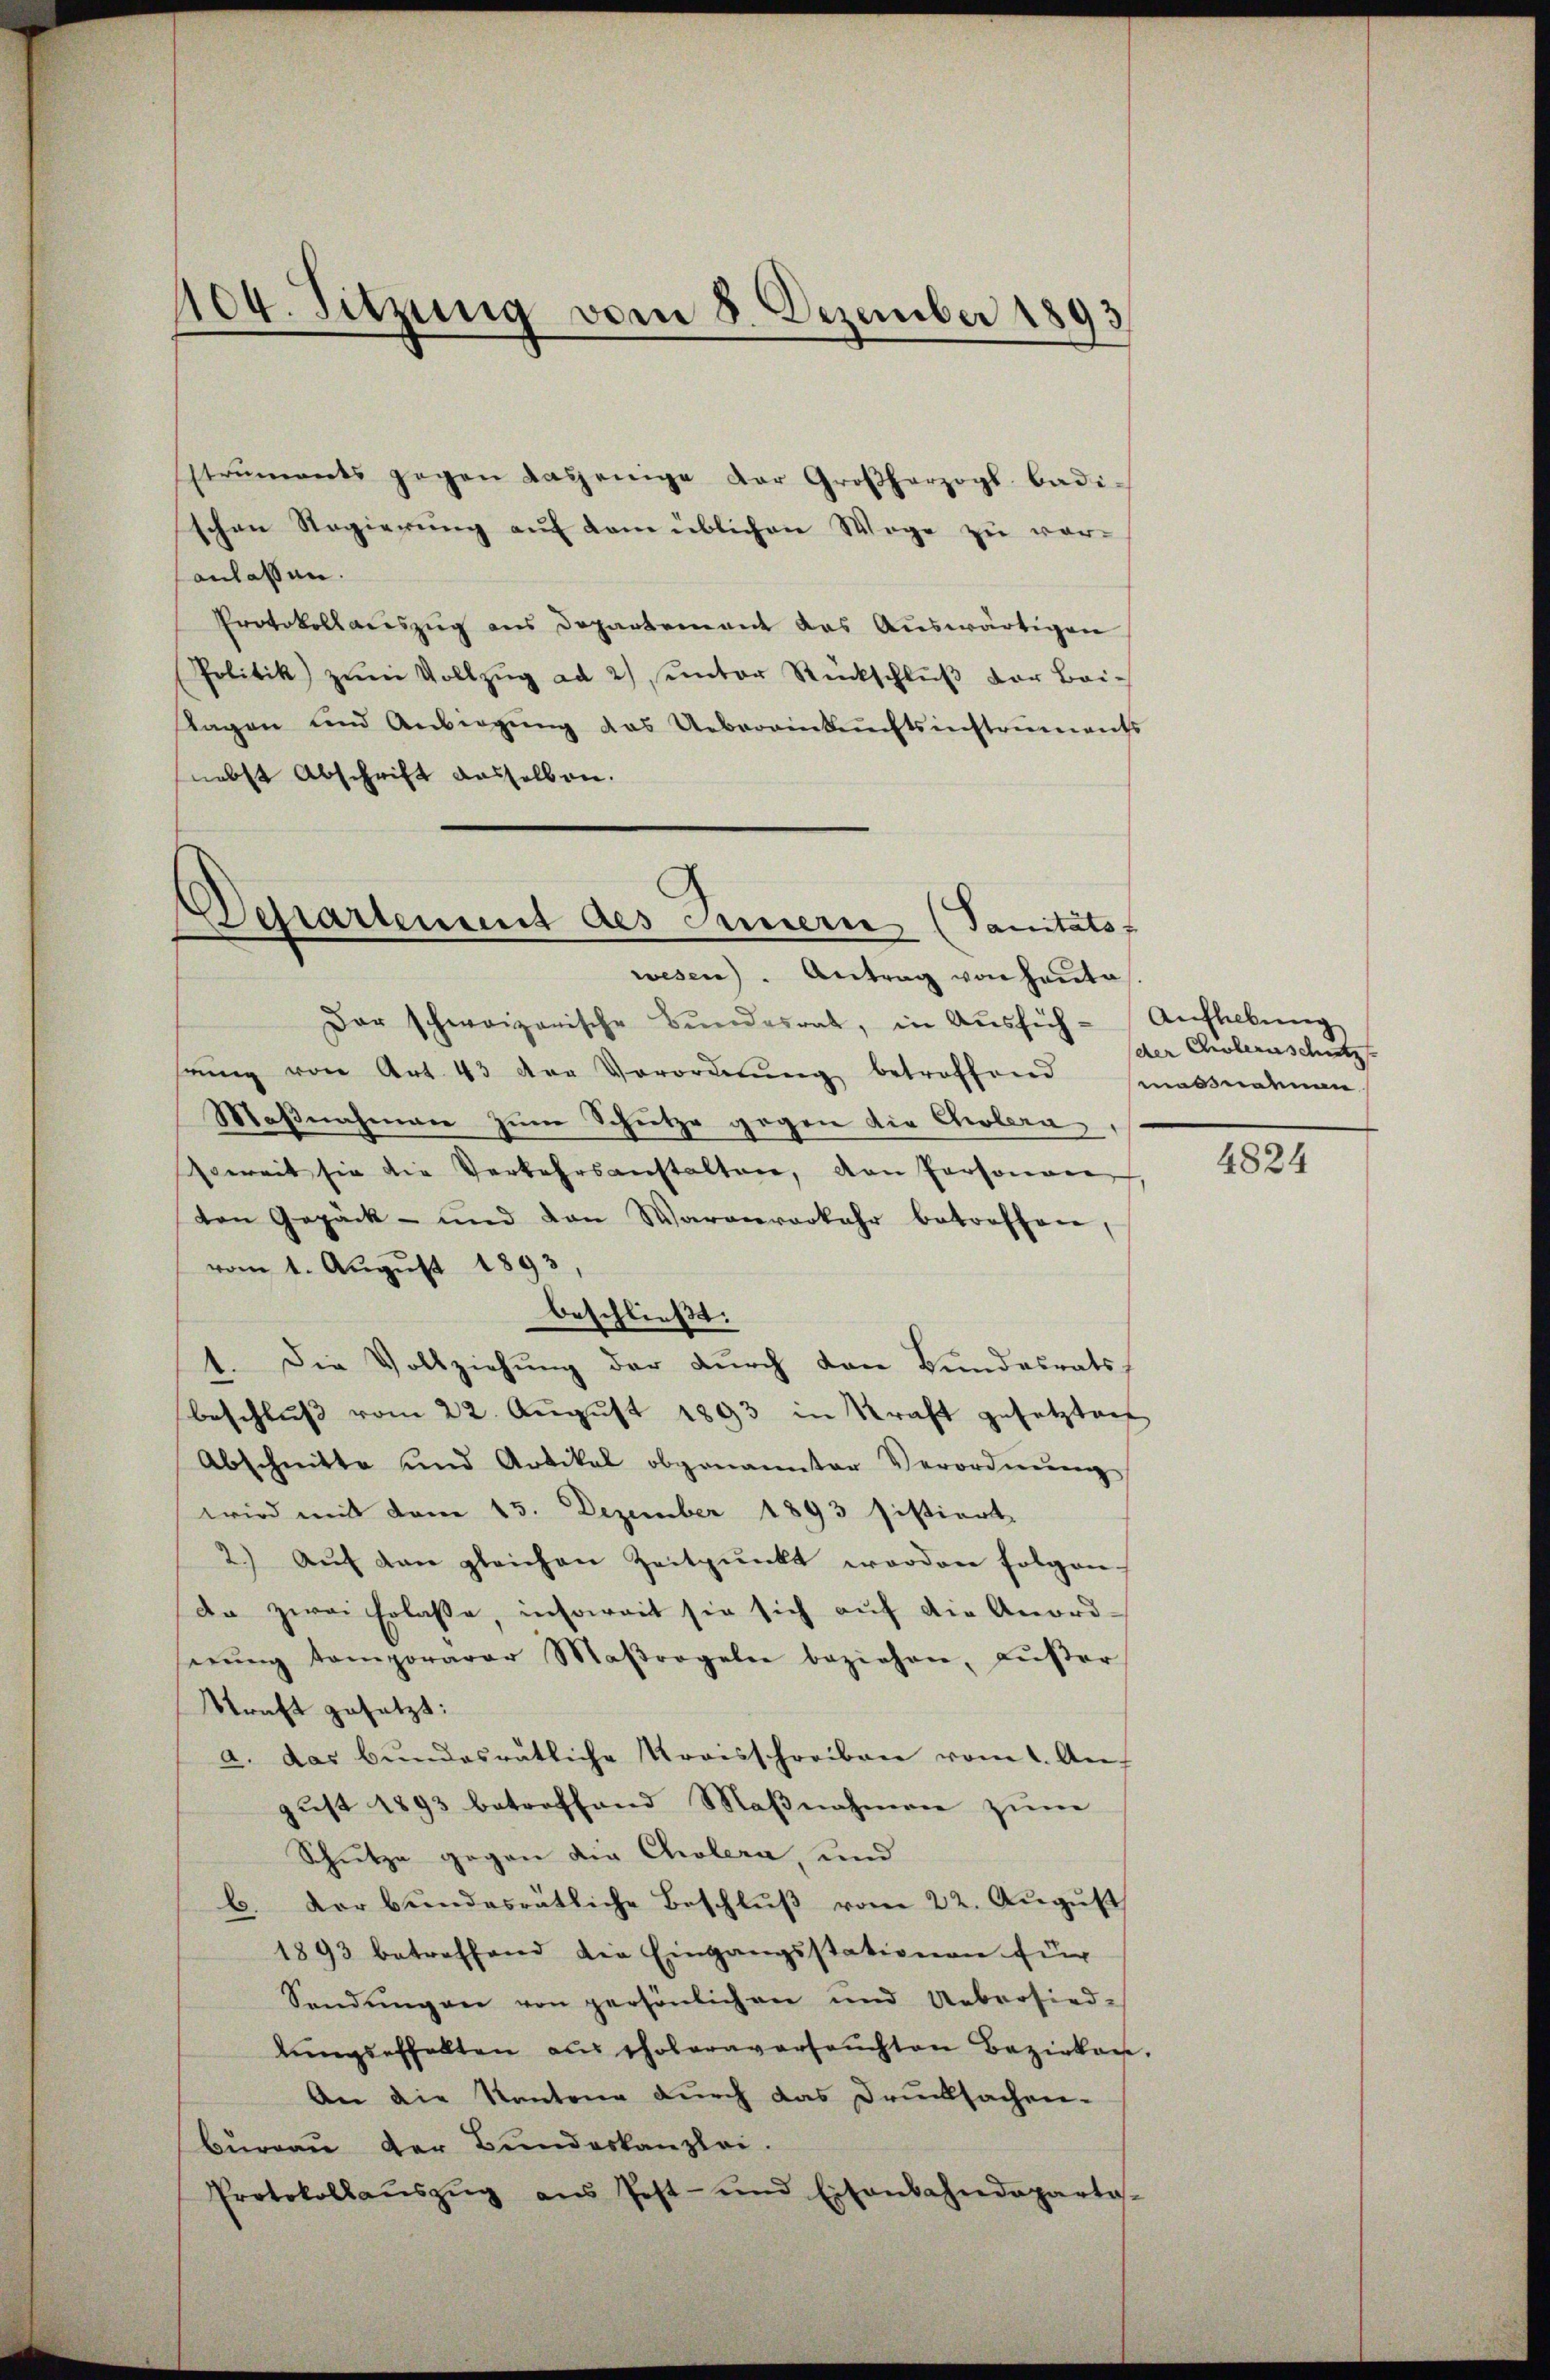
104. Sitzung vom 8. Dezember 1893
f

struments gegen dasjenige der Großherzogs badi-
schen Regierung auf dem üblichen Wege zu vor-
anlassen.
Protokollauszug aus Departement das Auswärtigen
Politik zŭm Vollzŭg ad 2) unter Rückschlŭβ der Bei-
Tagen und Anbiegung das Uebereinkunftsinstruments
snebst Abschrift dasselben.
Der schweizerische Bundesrat, in Ausfühsŭng von Art. 43 der Verordnŭng betroffend (massnahmen
Maßnahmen zum Schutze gegen die Cholera
Erweit sie die Verkehrsanstalten, den Personan
ten Gepäck- und von Warenvorkehr betreffen,
vom 1. August 1893,
beschließt:
1. Die Vollziehung der durch den Bundesrats-
beschlŭβ vom 22. Aŭgŭst 1893 in Kraft gesetzten
Abschnitte und Artikal obgenannter Verordnŭng
wird mit vom 15. Dezember 1893 sistiert.
2.) Aŭf den gleichen Zeitpunkt worden folgen,
da zwei Erlasse, insoweit sie sich auf die Anord
nŭng temporarer Maβrogeln beziehen, aŭβer
Skraft gesetzt:
a. das bundesrätliche Kraisschreiben vom 1. Aŭ
gust 1893 betreffend Maßnahmen zum
Schütze gegen die Cholera, und
b. der bundesrätliche Beschlŭβ vom 22. Aŭgŭst
1893 betreffend die Eingangsstationen für
Sendungen von persönlichen und Uebersied-
lŭngsehhalten an scholaraversachten Bezirken.
An die Kantone durch das Drucksachen-
bureau der Bundeskanzlei.
Protokollaŭszŭg ans Post- und Eisenbahndeparta-

Departement des Innern (Sanitäts-
wesen). Antrag von Hauto

Anfleckung
der Cholernschutz

4824